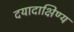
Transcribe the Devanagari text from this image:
दयादाक्षिण्य